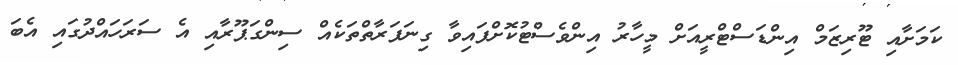
ކަމަށާއި ޓޫރިޒަމް އިންޑަސްޓްރީއަށް މީހާރު އިންވެސްޓުކޮށްފައިވާ ގިނަފަރާތްތަކެއް ސިންގަޕޫރާއި އެ ސަރަހައްދުގައި އެބަ